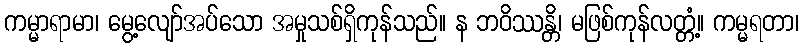
ကမ္မာရာမာ၊ မွေ့လျော်အပ်သော အမှုသစ်ရှိကုန်သည်။ န ဘဝိဿန္တိ၊ မဖြစ်ကုန်လတ္တံ့။ ကမ္မရတာ၊